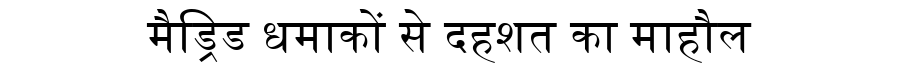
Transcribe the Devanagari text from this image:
मैड्रिड धमाकों से दहशत का माहौल